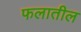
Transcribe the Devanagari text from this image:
फलातील